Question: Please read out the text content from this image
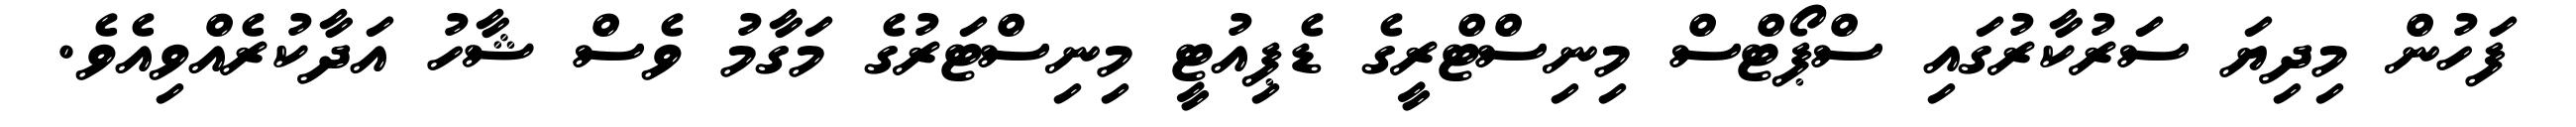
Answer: ފަހުން މިދިޔަ ސަރުކާރުގައި ސްޕޯޓްސް މިނިސްޓްރީގެ ޑެޕިއުޓީ މިނިސްޓަރުގެ މަގާމު ވެސް ޝާހު އަދާކުރެއްވިއެވެ.